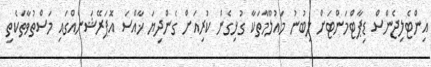
އިންޓެލިޖެންސް ޑިޕާޓްމަންޓަށް ލިބުނު މައުލޫމާތަކާ ގުޅިގެން ކުރިއަށް ގެންދިޔަ ޚާއްސަ އޮޕަރޭޝަނެއްގައި މަސްތުވާތަކެތި